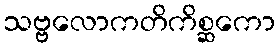
သဗ္ဗလောကတိကိစ္ဆကော